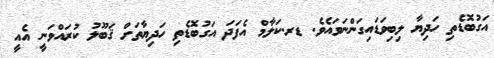
އަގުބޮޑެތި ހަދިޔާ ލިބިވަޑައިގަންނަވައެވެ. ޑރ.ކަލާމް އެފަދަ އަގުބޮޑެތި ހަދިޔާތަށް ޤަބޫލު ކުރައްވަނީ އެއީ